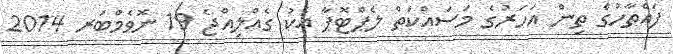
ފައްތާހުގެ ތިން އަހަރުގެ މަސައްކަތް ލެޕްޓޮޕާ އެކު ގެއްލިއްޖެ 19 ނޮވެމްބަރ 2014